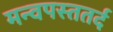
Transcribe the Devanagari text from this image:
मन्वपस्ततर्द